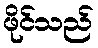
ဖိုင်သည်